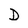
Character: D